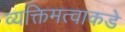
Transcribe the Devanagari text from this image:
व्यक्तिमत्वाकडे